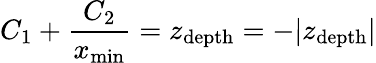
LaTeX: C_{1}+\frac{C_{2}}{x_{\mathrm{min}}}=z_{\mathrm{depth}}=-\vert z_{\mathrm{depth}}\vert